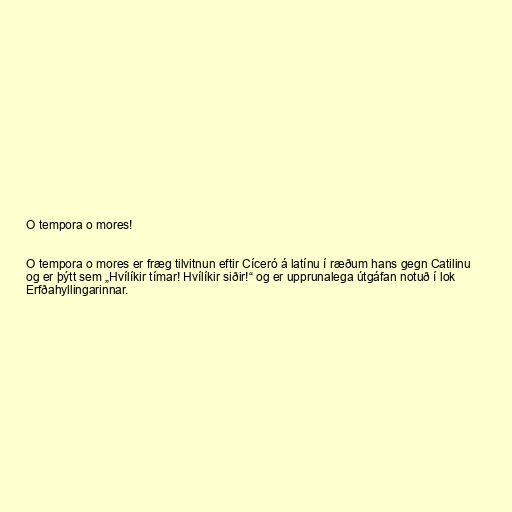
O tempora o mores!

O tempora o mores er fræg tilvitnun eftir Cíceró á latínu í ræðum hans gegn Catilinu
og er þýtt sem „Hvílíkir tímar! Hvílíkir siðir!“ og er upprunalega útgáfan notuð í lok
Erfðahyllingarinnar.